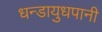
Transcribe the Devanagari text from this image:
धन्डायुधपानी